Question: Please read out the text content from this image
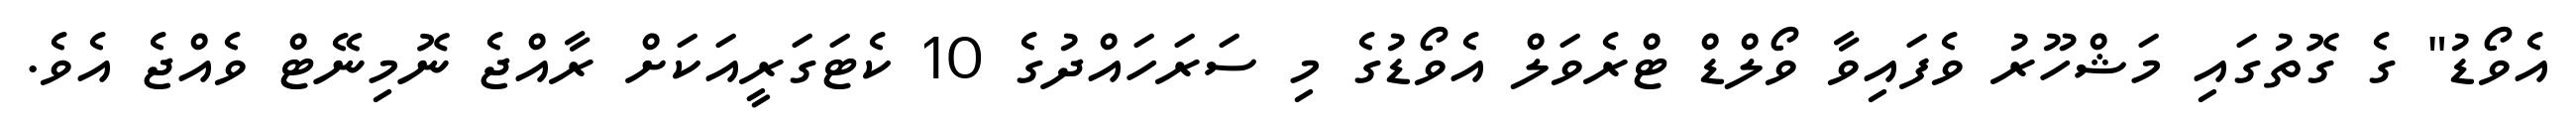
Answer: އެވޯޑު" ގެ ގޮތުގައި މަޝްހޫރު ވެފައިވާ ވޯލްޑް ޓްރެވަލް އެވޯޑުގެ މި ސަރަހައްދުގެ 10 ކެޓަގަރީއަކަށް ރާއްޖެ ނޮމިނޭޓް ވެއްޖެ އެވެ.